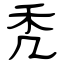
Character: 秃